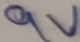
Text: 9V